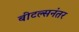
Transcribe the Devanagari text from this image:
बीटल्सनंतर